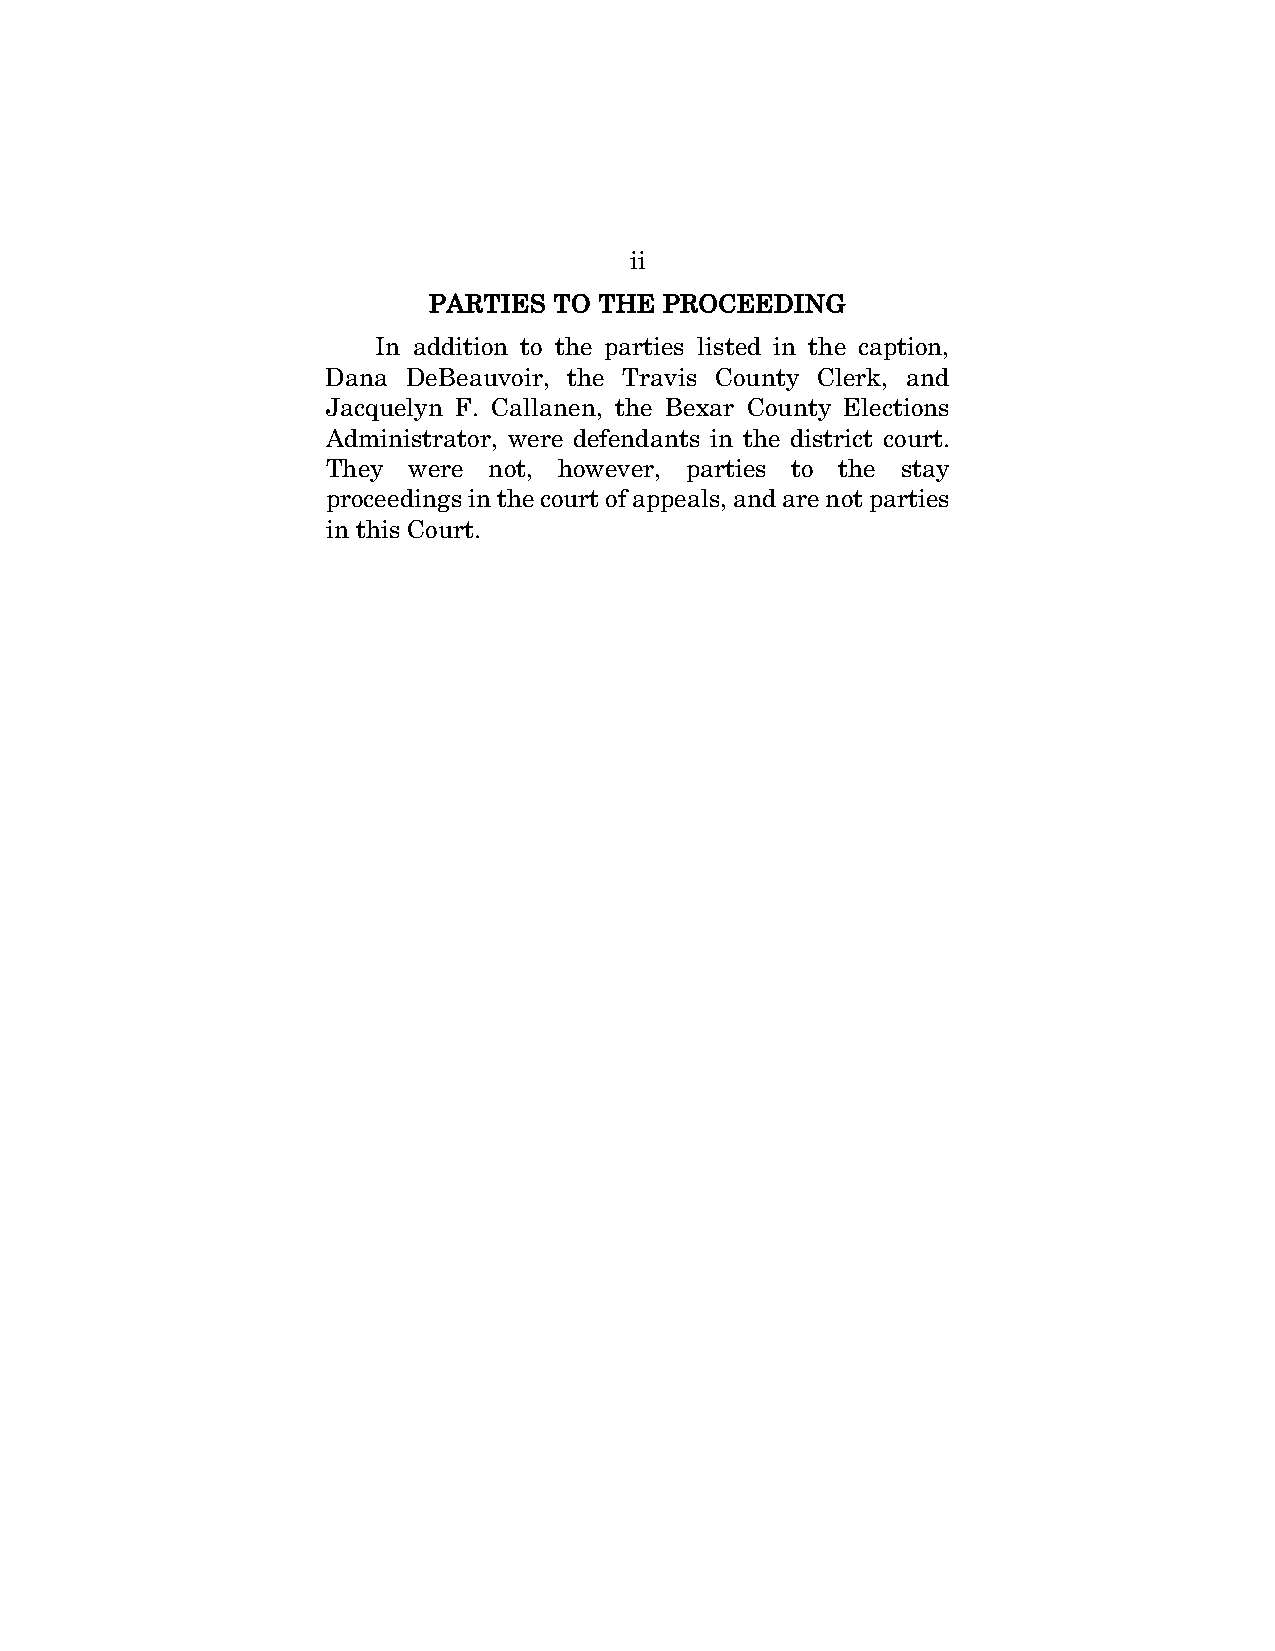
ii
 PARTIES  TO THE PROCEEDING
 In addition to the parties listed in the caption,
 Dana DeBeauvoir, the Travis County Clerk, and
 Jacquelyn F. Callanen, the Bexar County Elections
 Administrator, were defendants in the district court.
 They were not, however, parties to the stay
 proceedings in the court of appeals, and are not parties
 in this Court.